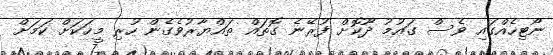
ނޯޓިހެއްގައި ވެސް ގައުމު ދޫކޮށް ފުރޭނެ ގޮތައް ތައްޔާރުވެގެން ހުރި މީހަކަށް ކަމަށް